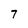
Character: 7